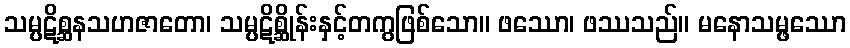
သမ္ပဋိစ္ဆနသဟဇာတော၊ သမ္ပဋိစ္ဆိုန်းနှင့်တကွဖြစ်သော။ ဖဿော၊ ဖဿသည်။ မနောသမ္ဖဿော